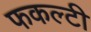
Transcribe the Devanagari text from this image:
फकल्टी